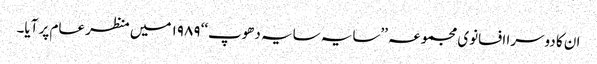
ان کا دوسرا افسانوی مجموعہ ’’سایہ سایہ دھوپ‘‘ ۱۹۸۹ میں منظر عام پر آیا۔